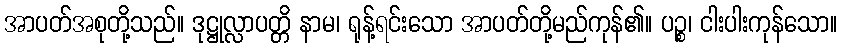
အာပတ်အစုတို့သည်။ ဒုဋ္ဌုလ္လာပတ္တိ နာမ၊ ရုန့်ရင်းသော အာပတ်တို့မည်ကုန်၏။ ပဉ္စ၊ ငါးပါးကုန်သော။